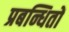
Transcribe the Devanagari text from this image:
प्रबन्धितों